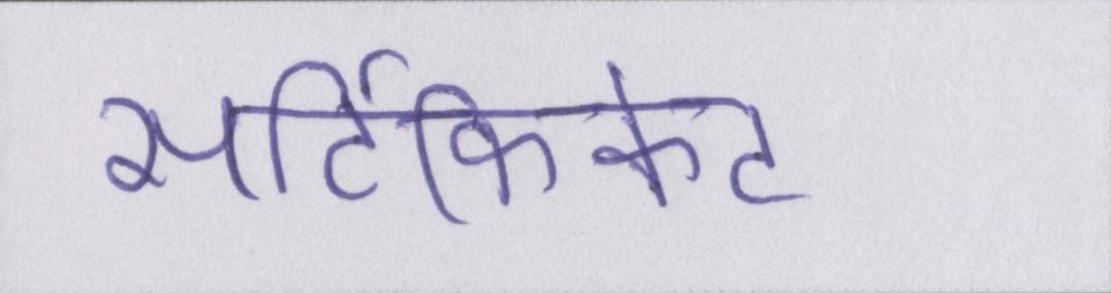
सर्टिफिकेट